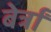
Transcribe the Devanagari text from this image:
बेर्त्रां